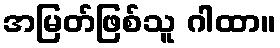
အမြတ်ဖြစ်သူ ဂါထာ။